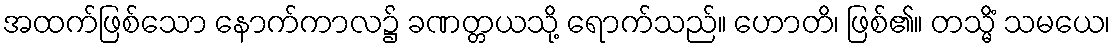
အထက်ဖြစ်သော နောက်ကာလ၌ ခဏတ္တယသို့ ရောက်သည်။ ဟောတိ၊ ဖြစ်၏။ တသ္မိံ သမယေ၊